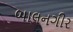
બાલનગીર